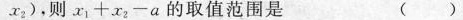
x _ { 2 }$$)，则$$x _ { 1 } + x _ { 2 } - a$$的取值范围是 ( )